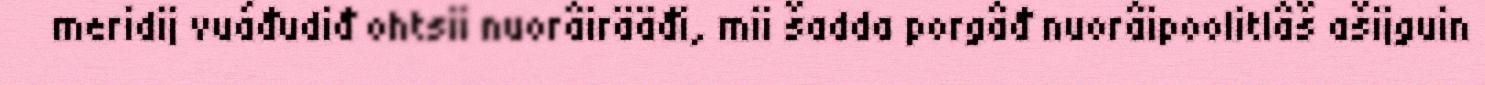
meridij vuáđudiđ ohtsii nuorâirääđi, mii šadda porgâđ nuorâipoolitlâš ašijguin